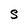
Character: S